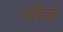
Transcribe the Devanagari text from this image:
परिवकं